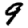
Digit: 9